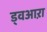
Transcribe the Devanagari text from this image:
ड्वआऱा